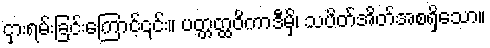
ငှားရမ်းခြင်းကြောင့်၎င်း။ ပတ္တတ္ထဝိကာဒီမှိ၊ သပိတ်အိတ်အစရှိသော။